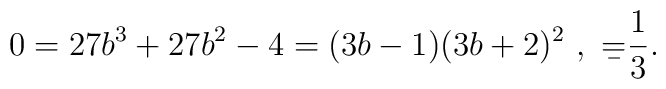
0 = 27 b^3 + 27 b^2 - 4 = ( 3 b - 1 ) ( 3 b +2 )^2 \ , \ \b = \frac{1}{3} .